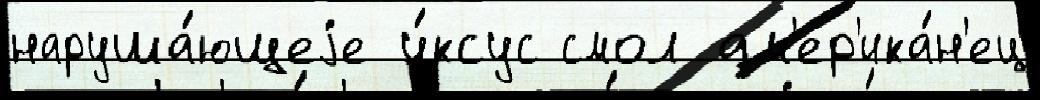
наруша́ющеjе у́ксус смол ам'ер'ика́н'ец